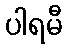
ပါရမီ